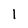
Character: 1